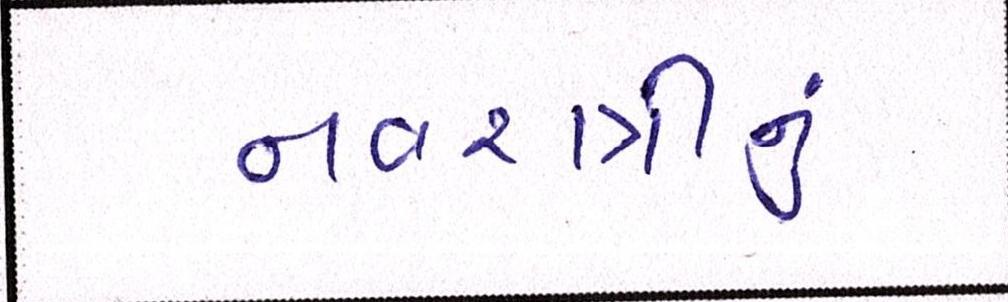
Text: નવરાત્રીનું